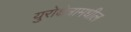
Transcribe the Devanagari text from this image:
युरोक्षेत्रामधील